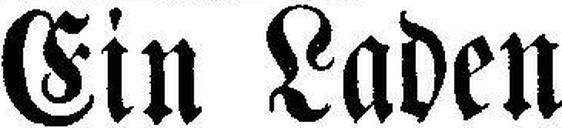
Ein Laden